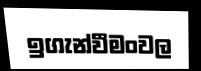
ඉගැන්වීමංවල